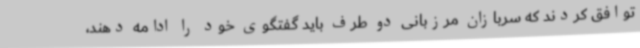
توافق کردند که سربازان مرزبانی دو طرف باید گفتگوی خود را ادامه دهند،